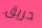
حريق